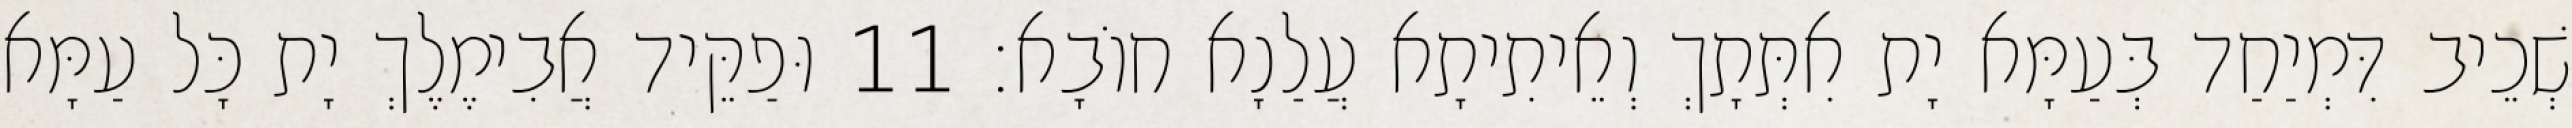
שְׁכֵיב דִּמְיַחַד בְּעַמָּא יָת אִתְּתָךְ וְאֵיתִיתָא עֲלַנָא חוֹבָא׃ 11 וּפַקֵּיד אֲבִימֶלֶךְ יָת כָּל עַמָּא